Annual report of the Camel Specialist
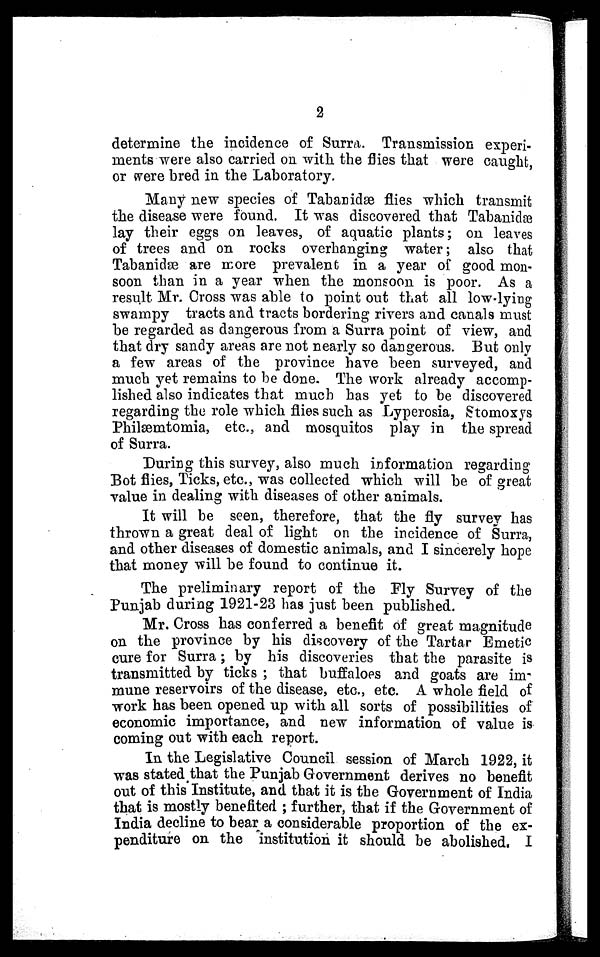
2
determine the incidence of Surra. Transmission experi-
ments were also carried on with the flies that were caught,
or were bred in the Laboratory.
Many new species of Tabanidæ flies which transmit
the disease were found. It was discovered that Tabanidæ
lay their eggs on leaves, of aquatic plants; on leaves
of trees and on rocks overhanging water; also that
Tabanidæ are more prevalent in a year of good mon-
soon than in a year when the monsoon is poor. As a
result Mr. Cross was able to point out that all low-lying
swampy tracts and tracts bordering rivers and canals must
be regarded as dangerous from a Surra point of view, and
that dry sandy areas are not nearly so dangerous. But only
a few areas of the province have been surveyed, and
much yet remains to be done. The work already accomp-
lished also indicates that much has yet to be discovered
regarding the role which flies such as Lyperosia, Stomoxys
Philæmtomia, etc., and mosquitos play in the spread
of Surra.
During this survey, also much information regarding
Bot flies, Ticks, etc., was collected which will be of great
value in dealing with diseases of other animals.
It will be seen, therefore, that the fly survey has
thrown a great deal of light on the incidence of Surra,
and other diseases of domestic animals, and I sincerely hope
that money will be found to continue it.
The preliminary report of the Fly Survey of the
Punjab during 1921-23 has just been published.
Mr. Cross has conferred a benefit of great magnitude
on the province by his discovery of the Tartar Emetic
cure for Surra; by his discoveries that the parasite is
transmitted by ticks ; that buffaloes and goats are im-
mune reservoirs of the disease, etc., etc. A whole field of
work has been opened up with all sorts of possibilities of
economic importance, and new information of value is
coming out with each report.
In the Legislative Council session of March 1922, it
was stated that the Punjab Government derives no benefit
out of this Institute, and that it is the Government of India
that is mostly benefited ; further, that if the Government of
India decline to bear a considerable proportion of the ex-
penditure on the institution it should be abolished. I